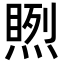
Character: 𥉬